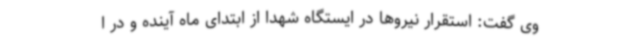
وی گفت: استقرار نیروها در ایستگاه شهدا از ابتدای ماه آینده و در ا